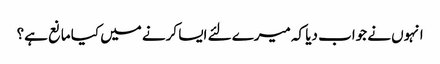
انہوں نے جواب دیا کہ میرے لئے ایسا کرنے میں کیا مانع ہے؟